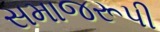
સમાજરૂપી